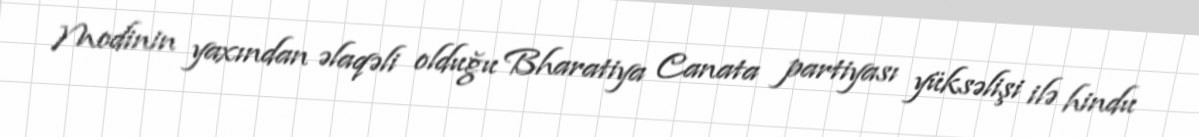
Modinin yaxından əlaqəli olduğu Bharatiya Canata partiyası yüksəlişi ilə hindu